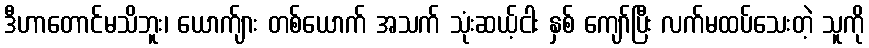
ဒီဟာတောင်မသိဘူး၊ ယောက်ျား တစ်ယောက် အသက် သုံးဆယ့်ငါး နှစ် ကျော်ပြီး လက်မထပ်သေးတဲ့ သူကို